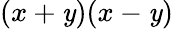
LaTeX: (x+\mathit{y})(x-\mathit{y})